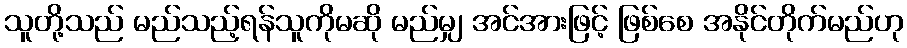
သူတို့သည် မည်သည့်ရန်သူကိုမဆို မည်မျှ အင်အားဖြင့် ဖြစ်စေ အနိုင်တိုက်မည်ဟု